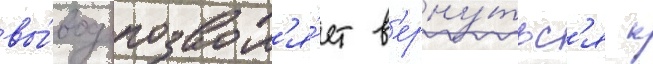
вы́вод позвол'я́ет в'ерну́тьс'я к